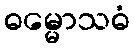
ဓမ္မောသဓံ